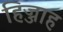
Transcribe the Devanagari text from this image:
हिज्जाह